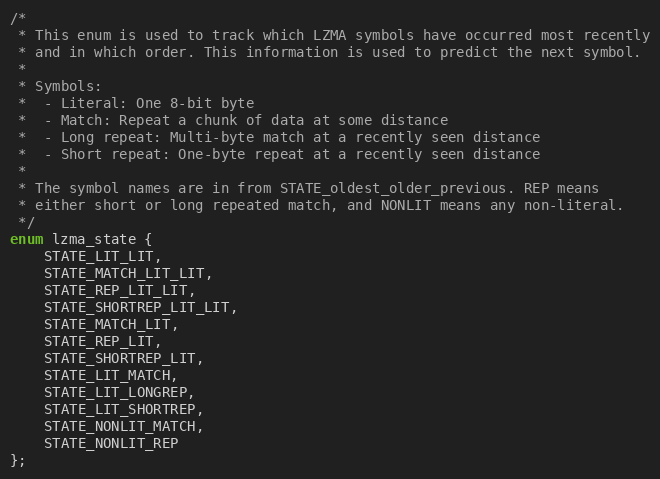
Language: C
/*
 * This enum is used to track which LZMA symbols have occurred most recently
 * and in which order. This information is used to predict the next symbol.
 *
 * Symbols:
 *  - Literal: One 8-bit byte
 *  - Match: Repeat a chunk of data at some distance
 *  - Long repeat: Multi-byte match at a recently seen distance
 *  - Short repeat: One-byte repeat at a recently seen distance
 *
 * The symbol names are in from STATE_oldest_older_previous. REP means
 * either short or long repeated match, and NONLIT means any non-literal.
 */
enum lzma_state {
    STATE_LIT_LIT,
    STATE_MATCH_LIT_LIT,
    STATE_REP_LIT_LIT,
    STATE_SHORTREP_LIT_LIT,
    STATE_MATCH_LIT,
    STATE_REP_LIT,
    STATE_SHORTREP_LIT,
    STATE_LIT_MATCH,
    STATE_LIT_LONGREP,
    STATE_LIT_SHORTREP,
    STATE_NONLIT_MATCH,
    STATE_NONLIT_REP
};